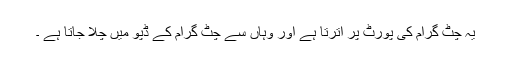
یہ چٹ گرام کی پورٹ پر اترتا ہے اور وہاں سے چٹ گرام کے ڈپو میں چلا جاتا ہے ۔